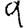
Digit: 9